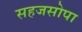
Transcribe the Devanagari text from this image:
सहजसोपा